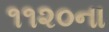
૧૧૨૦ના